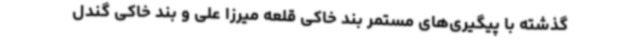
گذشته با پیگیری‌های مستمر بند خاکی قلعه میرزا علی و بند خاکی گندل